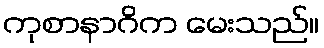
ကုစာနာဂိက မေးသည်။